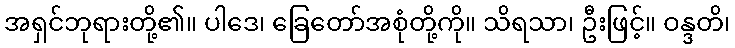
အရှင်ဘုရားတို့၏။ ပါဒေ၊ ခြေတော်အစုံတို့ကို။ သိရသာ၊ ဦးဖြင့်။ ဝန္ဒတိ၊